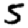
Digit: 5